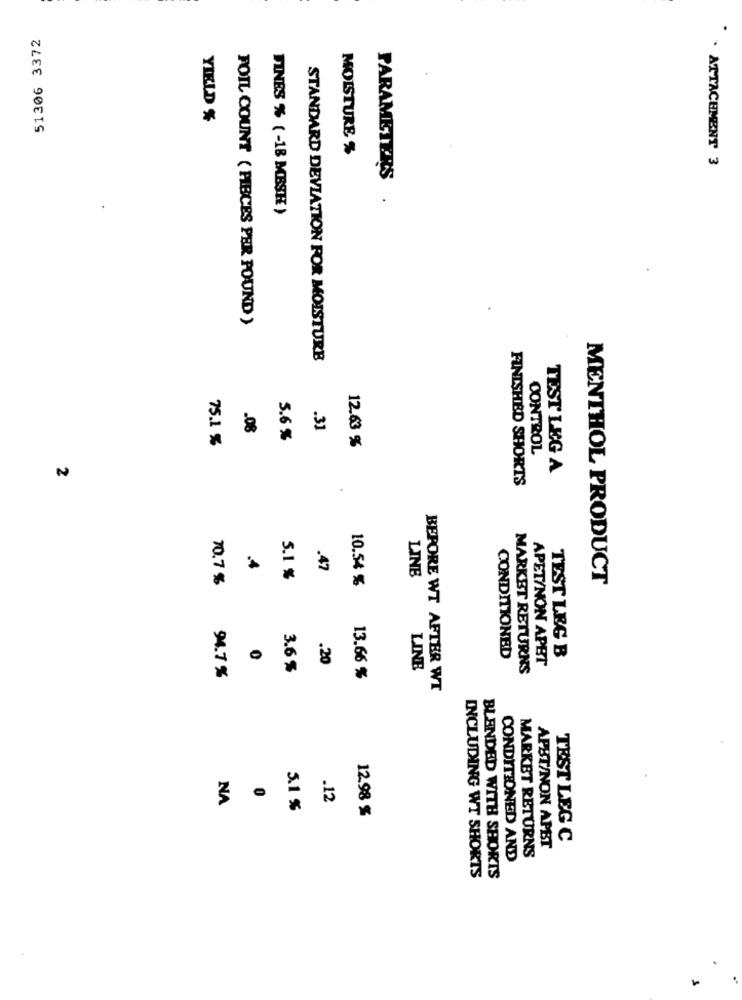
51306 3372
YIELD %
MOISTURE %
. ATTACHMENT 3
PARAMETERS
FINES % ( -18 MESH )
FOIL COUNT ( PIBCES PER POUND )
STANDARD DEVIATION FOR MOISTURE
.08
.31
75.1 %
5.6 %
12.63 %
CONTROL
TEST LEG A
FINISHED SHORTS
4
.47
70.7 %
5.1 %
10.54 %
LINE
MENTHOL PRODUCT
.20
CONDITIONED
TEST LEG B
3.6 %
LINE
MARKET RETURNS
APET/NON APBT
94.7 %
13.66 %
BEFORE WT AFTER WT
NA
0
.12
5.1 %
12.98 %
TEST LEG C
MARKET RETURNS
APBT/NON APBT
CONDITIONED AND
INCLUDING WT SHORTS
BLENDED WITH SHORTS